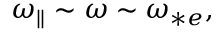
\begin{array} { r } { { \omega _ { \parallel } } \sim \omega \sim \omega _ { * e } , } \end{array}